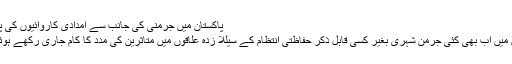
پاکستان میں جرمنی کی جانب سے امدادی کاروائیو‍ں کی پزیرائی
پاکستان میں اب بھی کئی جرمن شہری بغیر کسی قابل ذکر حفاظتی انتظام کے سیلاب زدہ علاقوں میں متاثرین کی مدد کا کام جاری رکھے ہوئے ہیں۔